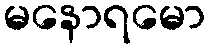
မနောရမော